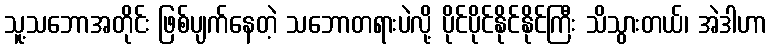
သူ့သဘောအတိုင်း ဖြစ်ပျက်နေတဲ့ သဘောတရားပဲလို့ ပိုင်ပိုင်နိုင်နိုင်ကြီး သိသွားတယ်၊ အဲဒါဟာ